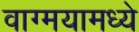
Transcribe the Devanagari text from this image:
वाग्मयामध्ये